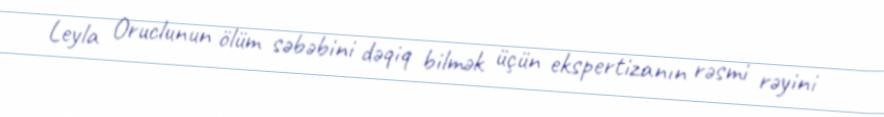
Leyla Oruclunun ölüm səbəbini dəqiq bilmək üçün ekspertizanın rəsmi rəyini